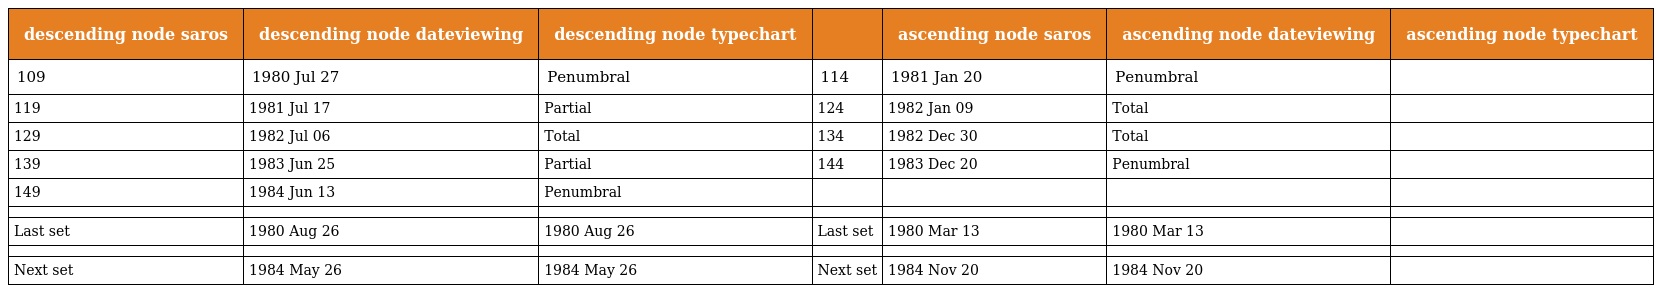
| descending node saros | descending node dateviewing | descending node typechart |  | ascending node saros | ascending node dateviewing | ascending node typechart |
 | --- | --- | --- | --- | --- | --- | --- |
 | 109 | 1980 Jul 27 | Penumbral | 114 | 1981 Jan 20 | Penumbral |  |
 | 119 | 1981 Jul 17 | Partial | 124 | 1982 Jan 09 | Total |  |
 | 129 | 1982 Jul 06 | Total | 134 | 1982 Dec 30 | Total |  |
 | 139 | 1983 Jun 25 | Partial | 144 | 1983 Dec 20 | Penumbral |  |
 | 149 | 1984 Jun 13 | Penumbral |  |  |  |  |
 |  |  |  |  |  |  |  |
 | Last set | 1980 Aug 26 | 1980 Aug 26 | Last set | 1980 Mar 13 | 1980 Mar 13 |  |
 |  |  |  |  |  |  |  |
 | Next set | 1984 May 26 | 1984 May 26 | Next set | 1984 Nov 20 | 1984 Nov 20 |  |